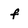
Character: f